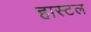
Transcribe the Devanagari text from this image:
हास्टल